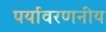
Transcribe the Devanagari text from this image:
पर्यावरणनीय